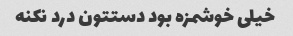
خیلی خوشمزه بود دستتون درد نکنه